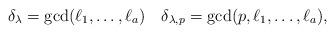
LaTeX: \begin{align*}\delta_\lambda= \gcd(\ell_1, \dots, \ell_a) \quad\delta_{\lambda,p} = \gcd(p, \ell_1, \dots, \ell_a),\end{align*}